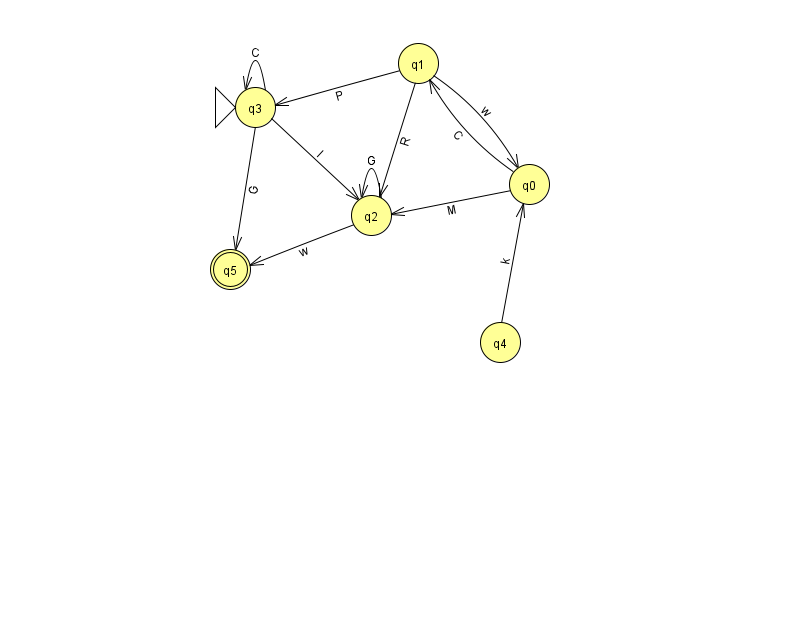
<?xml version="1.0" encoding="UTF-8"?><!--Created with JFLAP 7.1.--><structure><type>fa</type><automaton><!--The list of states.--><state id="0" name="q0"><x>529.0</x><y>171.0</y></state><state id="1" name="q1"><x>418.0</x><y>50.0</y></state><state id="2" name="q2"><x>371.0</x><y>202.0</y></state><state id="3" name="q3"><x>255.0</x><y>94.0</y><initial/></state><state id="4" name="q4"><x>500.0</x><y>329.0</y></state><state id="5" name="q5"><x>230.0</x><y>256.0</y><final/></state><!--The list of transitions.--><transition><from>3</from><to>2</to><read>l</read></transition><transition><from>3</from><to>3</to><read>C</read></transition><transition><from>0</from><to>2</to><read>M</read></transition><transition><from>2</from><to>5</to><read>w</read></transition><transition><from>1</from><to>2</to><read>R</read></transition><transition><from>2</from><to>2</to><read>G</read></transition><transition><from>1</from><to>3</to><read>P</read></transition><transition><from>3</from><to>5</to><read>G</read></transition><transition><from>4</from><to>0</to><read>k</read></transition><transition><from>1</from><to>0</to><read>w</read></transition><transition><from>0</from><to>1</to><read>C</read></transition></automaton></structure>